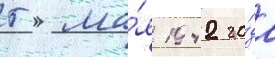
5 ма́я 1942 го́да